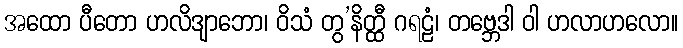
အထော ပီတော ဟလိဒျာဘော၊ ဝိသံ တွ’နိတ္ထီ ဂရဠံ၊ တဗ္ဘေဒါ ဝါ ဟလာဟလော။